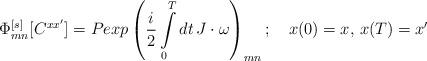
LaTeX: \begin{align*}\Phi^{[s]}_{mn}[C^{xx'}]=Pexp\left({i\over 2}\int\limits_0^Tdt\,J\cdot\omega\right)_{mn};\quad x(0)=x,\,x(T)=x'\end{align*}